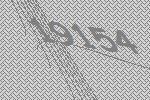
19154